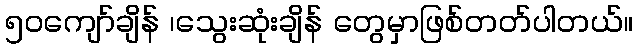
၅၀ကျော်ချိန် ၊သွေးဆုံးချိန် တွေမှာဖြစ်တတ်ပါတယ်။